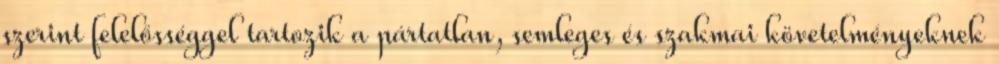
szerint felelősséggel tartozik a pártatlan, semleges és szakmai követelményeknek